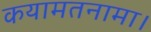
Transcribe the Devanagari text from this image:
कयामतनामा।